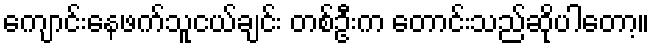
ကျောင်းနေဖက်သူငယ်ချင်း တစ်ဦးက တောင်းသည်ဆိုပါတော့။